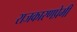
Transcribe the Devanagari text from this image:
राजकारणप्रेमी